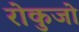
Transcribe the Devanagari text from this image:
रोकुजो